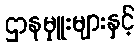
ဌာနမှူးများနှင့်